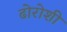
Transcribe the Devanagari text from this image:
ढोरोशी